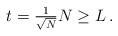
LaTeX: \begin{align*} t = \tfrac{1}{\sqrt{N}} N \ge L \,.\end{align*}